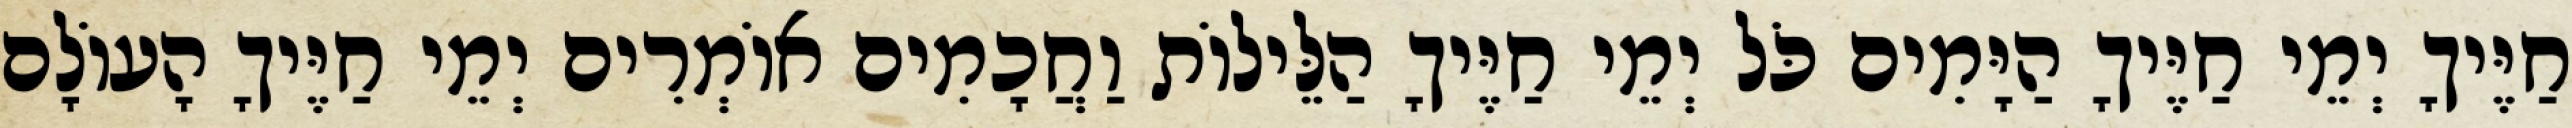
חַיֶּיךָ יְמֵי חַיֶּיךָ הַיָּמִים כֹּל יְמֵי חַיֶּיךָ הַלֵּילוֹת וַחֲכָמִים אוֹמְרִים יְמֵי חַיֶּיךָ הָעוֹלָם